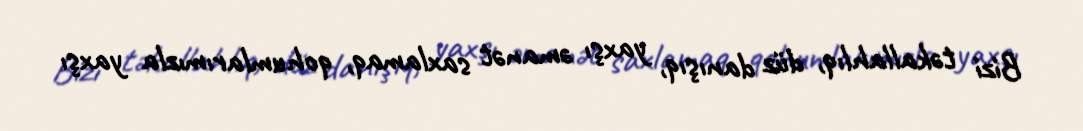
Bizi təkallahlıq, düz danışıq, yaxşı əmanət saxlamaq, qohumlarımızla yaxşı